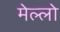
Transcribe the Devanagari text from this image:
मेल्लो